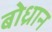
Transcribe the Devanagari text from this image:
बोध्रान